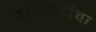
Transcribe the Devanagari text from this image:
हायकोर्टाचा